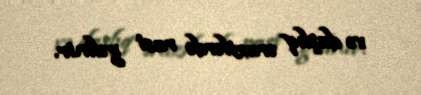
və daşlıq ərazilərdə rast gəlinir.